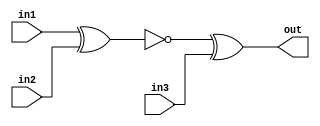
module top_module (
    input in1,
    input in2,
    input in3,
    output out);
wire o1;
    assign o1=~(in1^in2),
        out=o1^in3;
endmodule